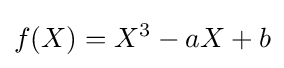
f(X)=X^{3}-aX+b